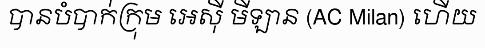
បានបំបាក់ក្រុម អេស៊ី មីឡាន (AC Milan) ហើយ